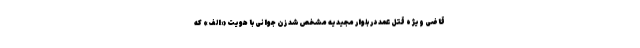
قاضی ویژه قتل عمد در بلوار مجیدیه مشخص شد زن جوانی با هویت «الف» که